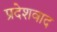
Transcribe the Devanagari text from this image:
प्रदेशवाद